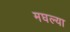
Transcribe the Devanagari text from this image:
मघल्या